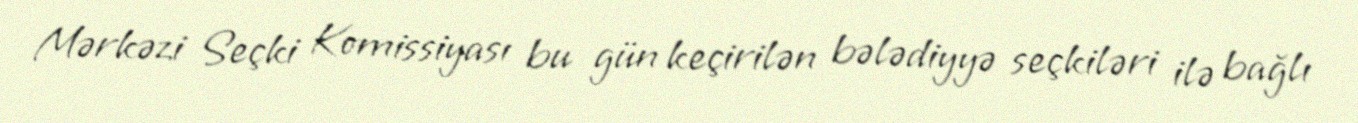
Mərkəzi Seçki Komissiyası bu gün keçirilən bələdiyyə seçkiləri ilə bağlı